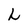
Character: L